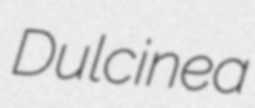
Dulcinea